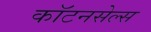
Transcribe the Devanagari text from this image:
कॉटनसेल्स